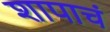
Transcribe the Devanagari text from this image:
शापाचं